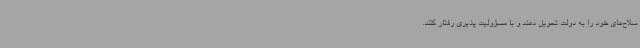
سلاح‌های خود را به دولت تحویل دهند و با مسؤولیت پذیری رفتار کنند.